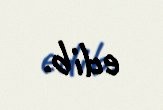
edib.